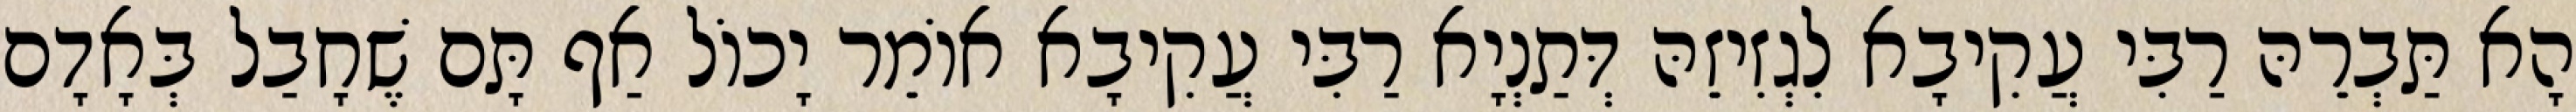
הָא תַּבְרֵהּ רַבִּי עֲקִיבָא לִגְזִיזֵהּ דְּתַנְיָא רַבִּי עֲקִיבָא אוֹמֵר יָכוֹל אַף תָּם שֶׁחָבַל בְּאָדָם